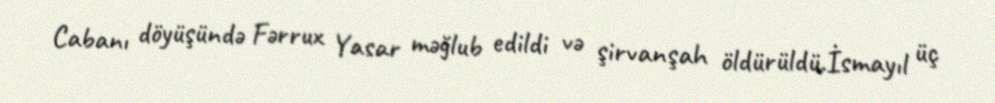
Cabanı döyüşündə Fərrux Yasar məğlub edildi və şirvanşah öldürüldü.İsmayıl üç